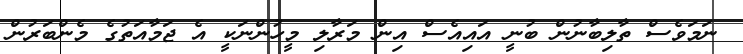
ނަމަވެސް ތާލިބާނުން ބުނީ އައިއެސް އިން މަރާލި މީހުންނަކީ އެ ޖަމާއަތުގެ މެންބަރުން